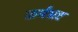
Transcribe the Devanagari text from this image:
कर्मभ्रष्ट